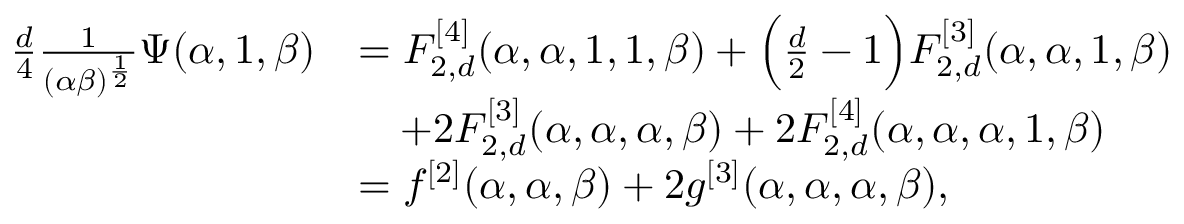
\begin{array} { r l } { \frac { d } { 4 } \frac { 1 } { ( \alpha \beta ) ^ { \frac 1 2 } } \Psi ( \alpha , 1 , \beta ) } & { = F _ { 2 , d } ^ { [ 4 ] } ( \alpha , \alpha , 1 , 1 , \beta ) + \Big ( \frac { d } { 2 } - 1 \Big ) F _ { 2 , d } ^ { [ 3 ] } ( \alpha , \alpha , 1 , \beta ) } \\ & { \quad + 2 F _ { 2 , d } ^ { [ 3 ] } ( \alpha , \alpha , \alpha , \beta ) + 2 F _ { 2 , d } ^ { [ 4 ] } ( \alpha , \alpha , \alpha , 1 , \beta ) } \\ & { = f ^ { [ 2 ] } ( \alpha , \alpha , \beta ) + 2 g ^ { [ 3 ] } ( \alpha , \alpha , \alpha , \beta ) , } \end{array}